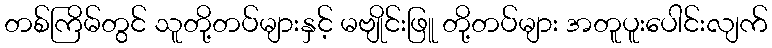
တစ်ကြိမ်တွင် သူတို့တပ်များနှင့် မဗျိုင်းဖြူ တို့တပ်များ အတူပူးပေါင်းလျက်